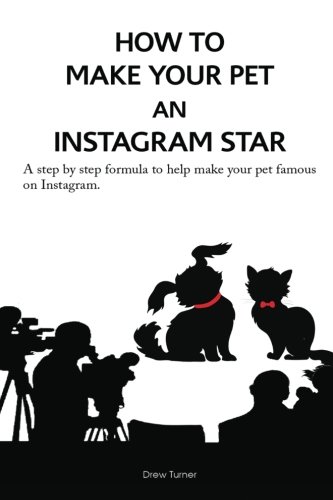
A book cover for How to Make Your Pet an Instagram Star: A step by step formula to help make your pet famous on Instagram.; Drew Turner; Business & Money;